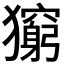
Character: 𤢶